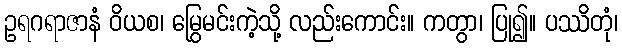
ဥရဂရာဇာနံ ဝိယစ၊ မြွေမင်းကဲ့သို့ လည်းကောင်း။ ကတွာ၊ ပြု၍။ ပဿိတုံ၊